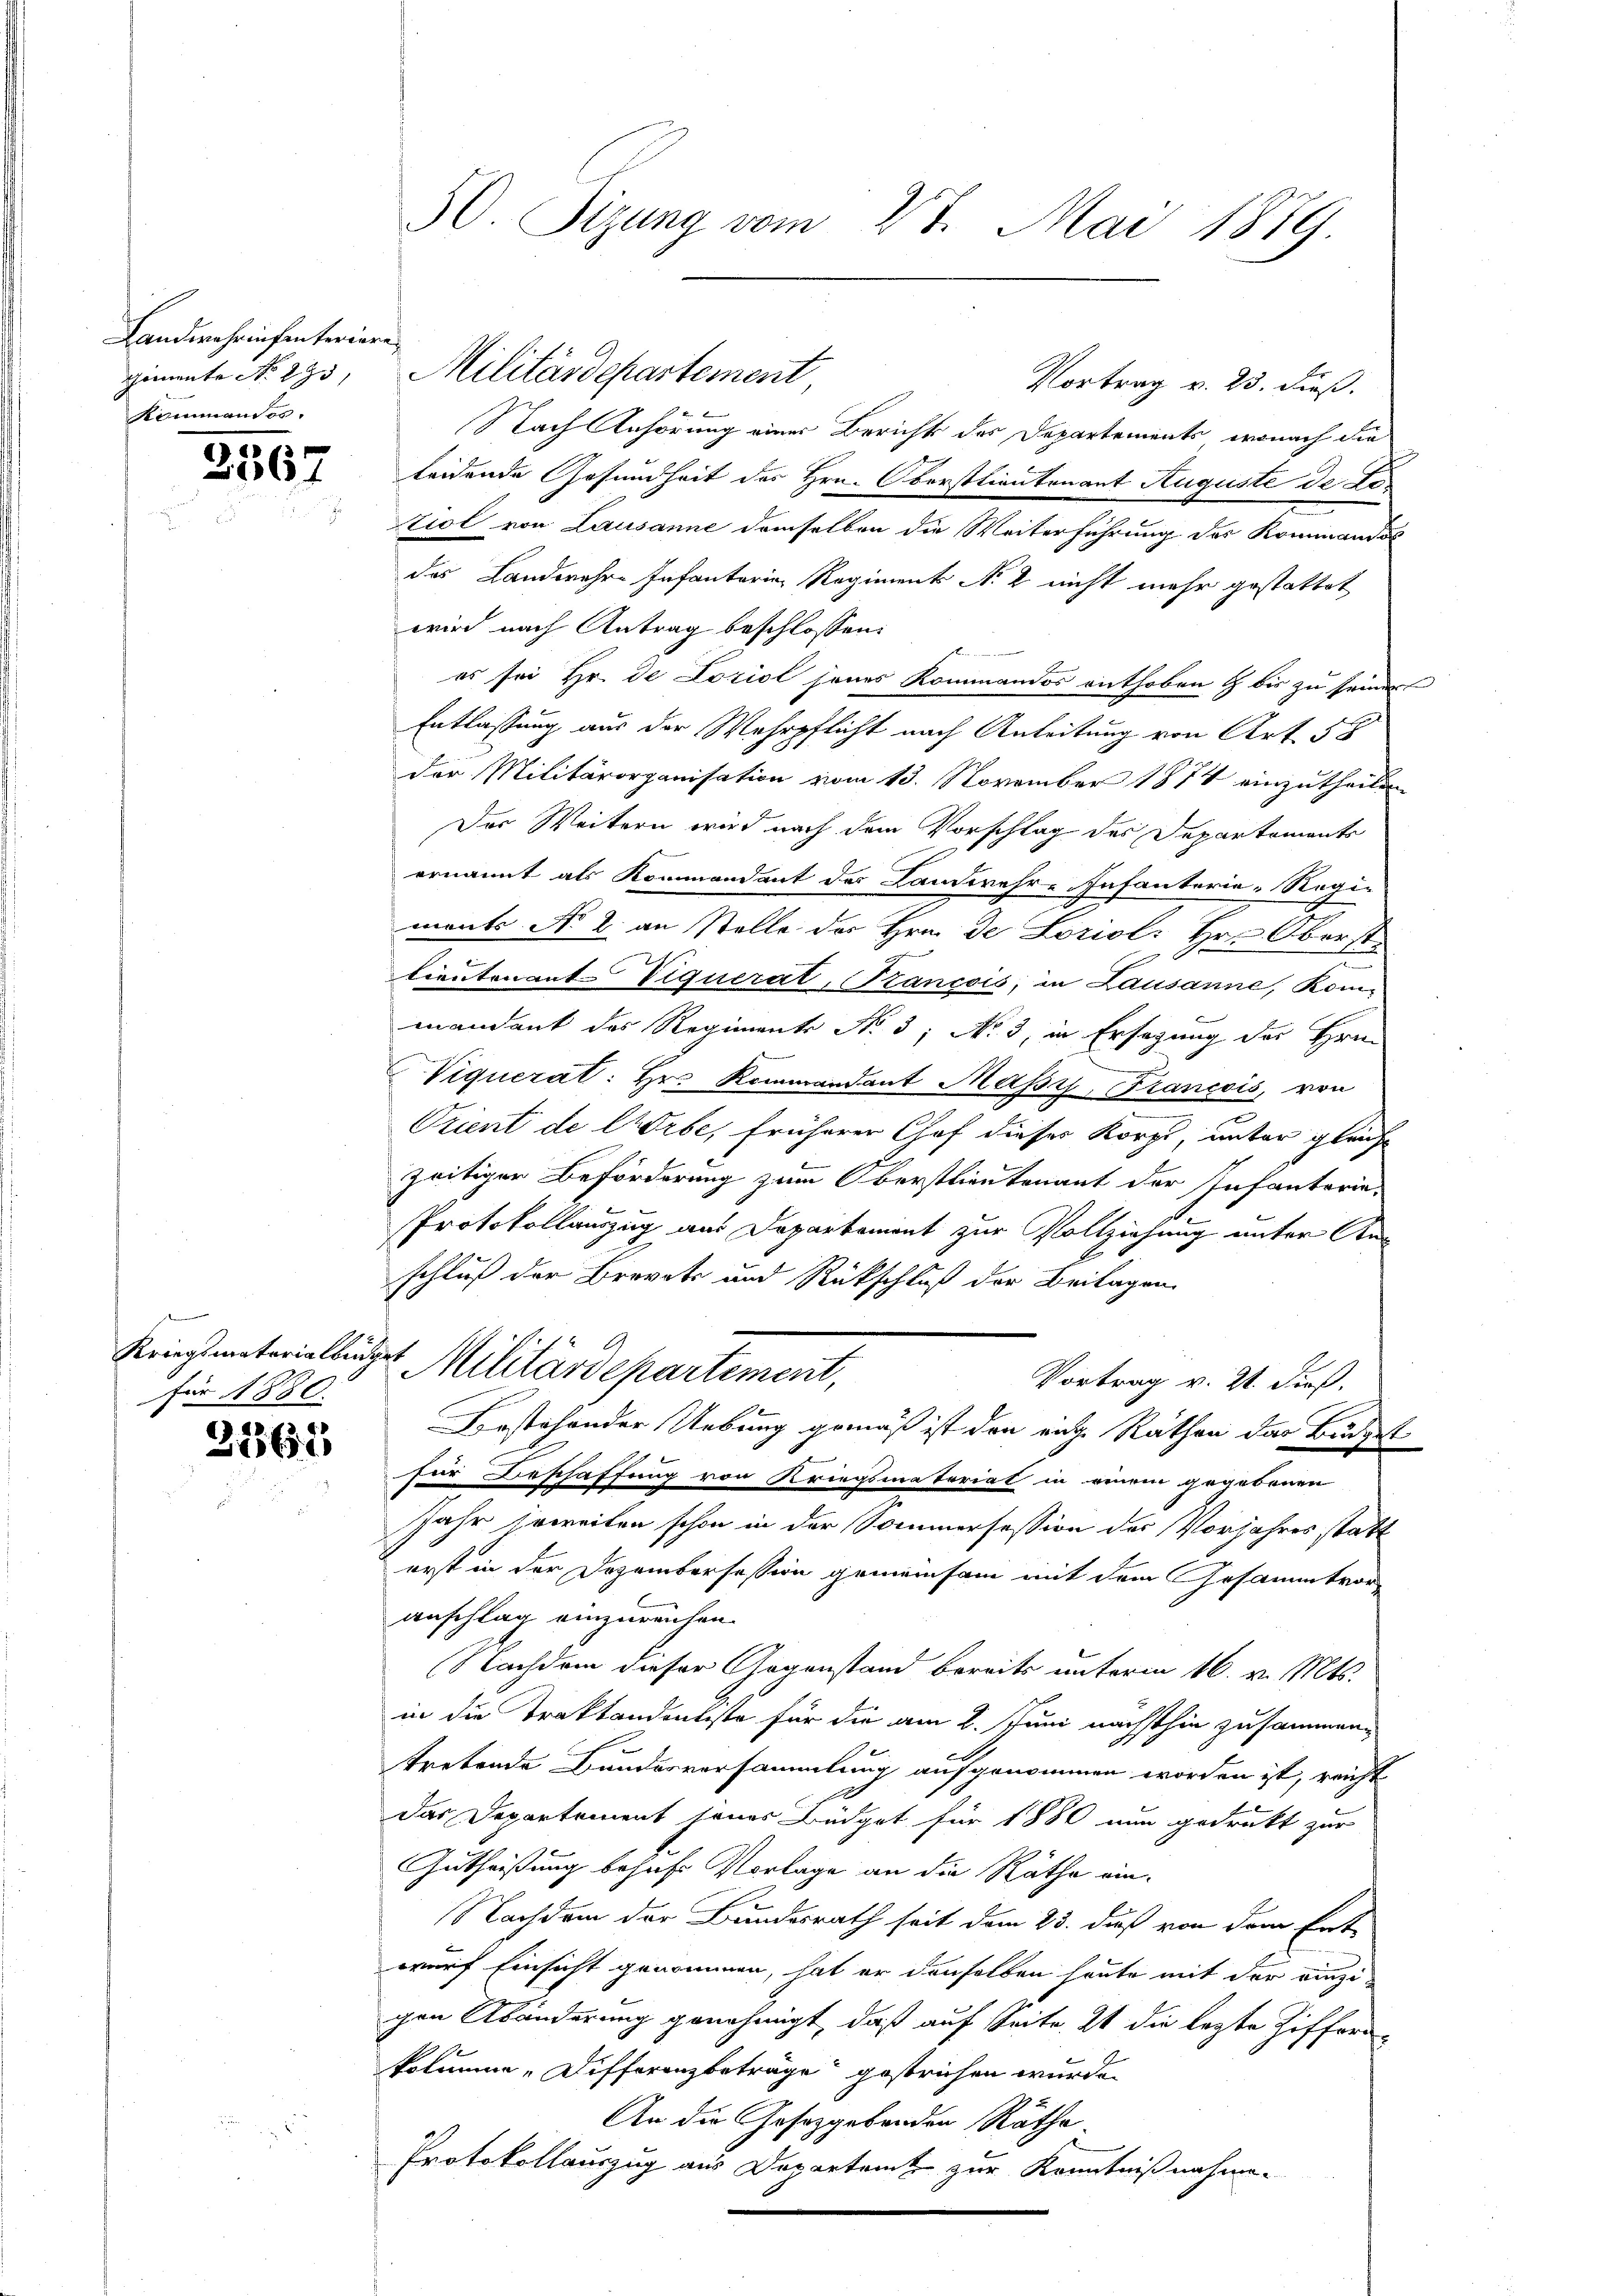
Landwehrinsenterieren
Comente No 275,
Kommandos.

3567

e
Kriegsmaterialbin.
für 1880.

3161

50. Sizung vom 27. Mai 1889

Vortrag v. 23. dieß.
Nach Anhörung einer Bericht des Departements, wonach die
leidende Gesundheit des Hrn. Oberstlieutenant Auguste de Letiol von Lausanne demselben die Weiterführung des Kommandos
das Landwehre Infantaria Regiment No 2 nicht mehr gestattet
wird nach Antrag beschlossen:
es sei Hr. de Loziol jenes Kommandos enthoben & bis zu seiner
Entlassung aus der Wehrpflicht nach Anleitung von Art. 58
der Militärorganisation vom 13. November 1874 einzutheilen
Der Weitern wird nach dem Vorschlag des Departements
ernannt als Kommandant des Landwehr-Infanterie-Regie
ments No 2. an Stelle des Hrn. De Loriol: Hr. Oberst¬
Lieutenant-Viquerat, Pancois, in Lausanne, Kom-
mandant des Regimente No. 3; No. 3, in Ersagung des Hrn.
Viquerat: Hr. Kommandant Massy, Francois, von
Orient de Erbe, früherer Chof dieser Korps, unter gleiche
zeitiger Beförderung zum Oberstlieutenant der Infanterie¬
Protokollauszug aus Departement zur Vollziehung unter Aus
schluß der Brevets und Rückschluß der Beilagen
2
1 Militärdepartement,
Vortrag v. 21. dieß.
Bestehender Uebung gemäß ist den ente Räthen das Büdget
für Beschaffung von Kriegsmateriat in einem gegebenen
Jahr jeweiten schon in der Sommersession des Vorjahres statt
erst in der Dezembersession gemeinsam mit dem Gesammtvoranschlag einzureichen.
Nachdem dieser Gegenstand bereits unterm 16. v. Mts.
in die Traktandentiste für die am 2. Juni nächsthin zusammen-
tretende Bundesversammlung aufgenommen worden ist, reicht
das Departement seines Büdget für 1880 nun gedrukt zur
Gutheißung behufs Vorlage an die Räthe ein¬
Nachdem der Bundesrath seit dem 23. dieß von dem Ent-
wurf Einsicht genommen, hat er denselben heute mit der einzi
gen Abänderung genehmigt, daß auf Seite 21 die lezte Ziffern-
kolina Differenzbeträge gestrichen wurde.
An die Gesetzgebenden Räthe.
Protokollauszug aus Departeme zur Kenntnißnahme.

Militärdepartement,